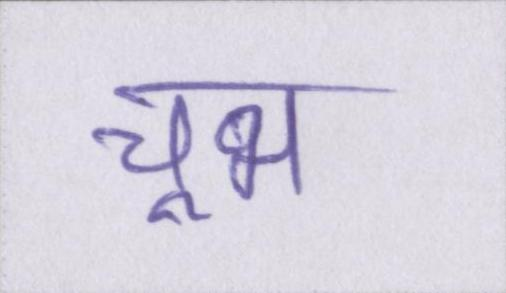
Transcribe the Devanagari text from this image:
चूभ